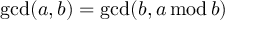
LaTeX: \operatorname* { g c d } ( a , b ) = \operatorname* { g c d } ( b , a \, \mathrm { m o d } \, b )